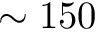
\sim 1 5 0